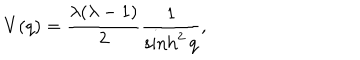
V ( q ) = \frac { \lambda ( \lambda - 1 ) } { 2 } \frac { 1 } { \sinh ^ { 2 } q } ,